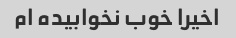
اخیرا خوب نخوابیده ام